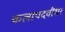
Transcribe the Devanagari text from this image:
कलापदवीधर